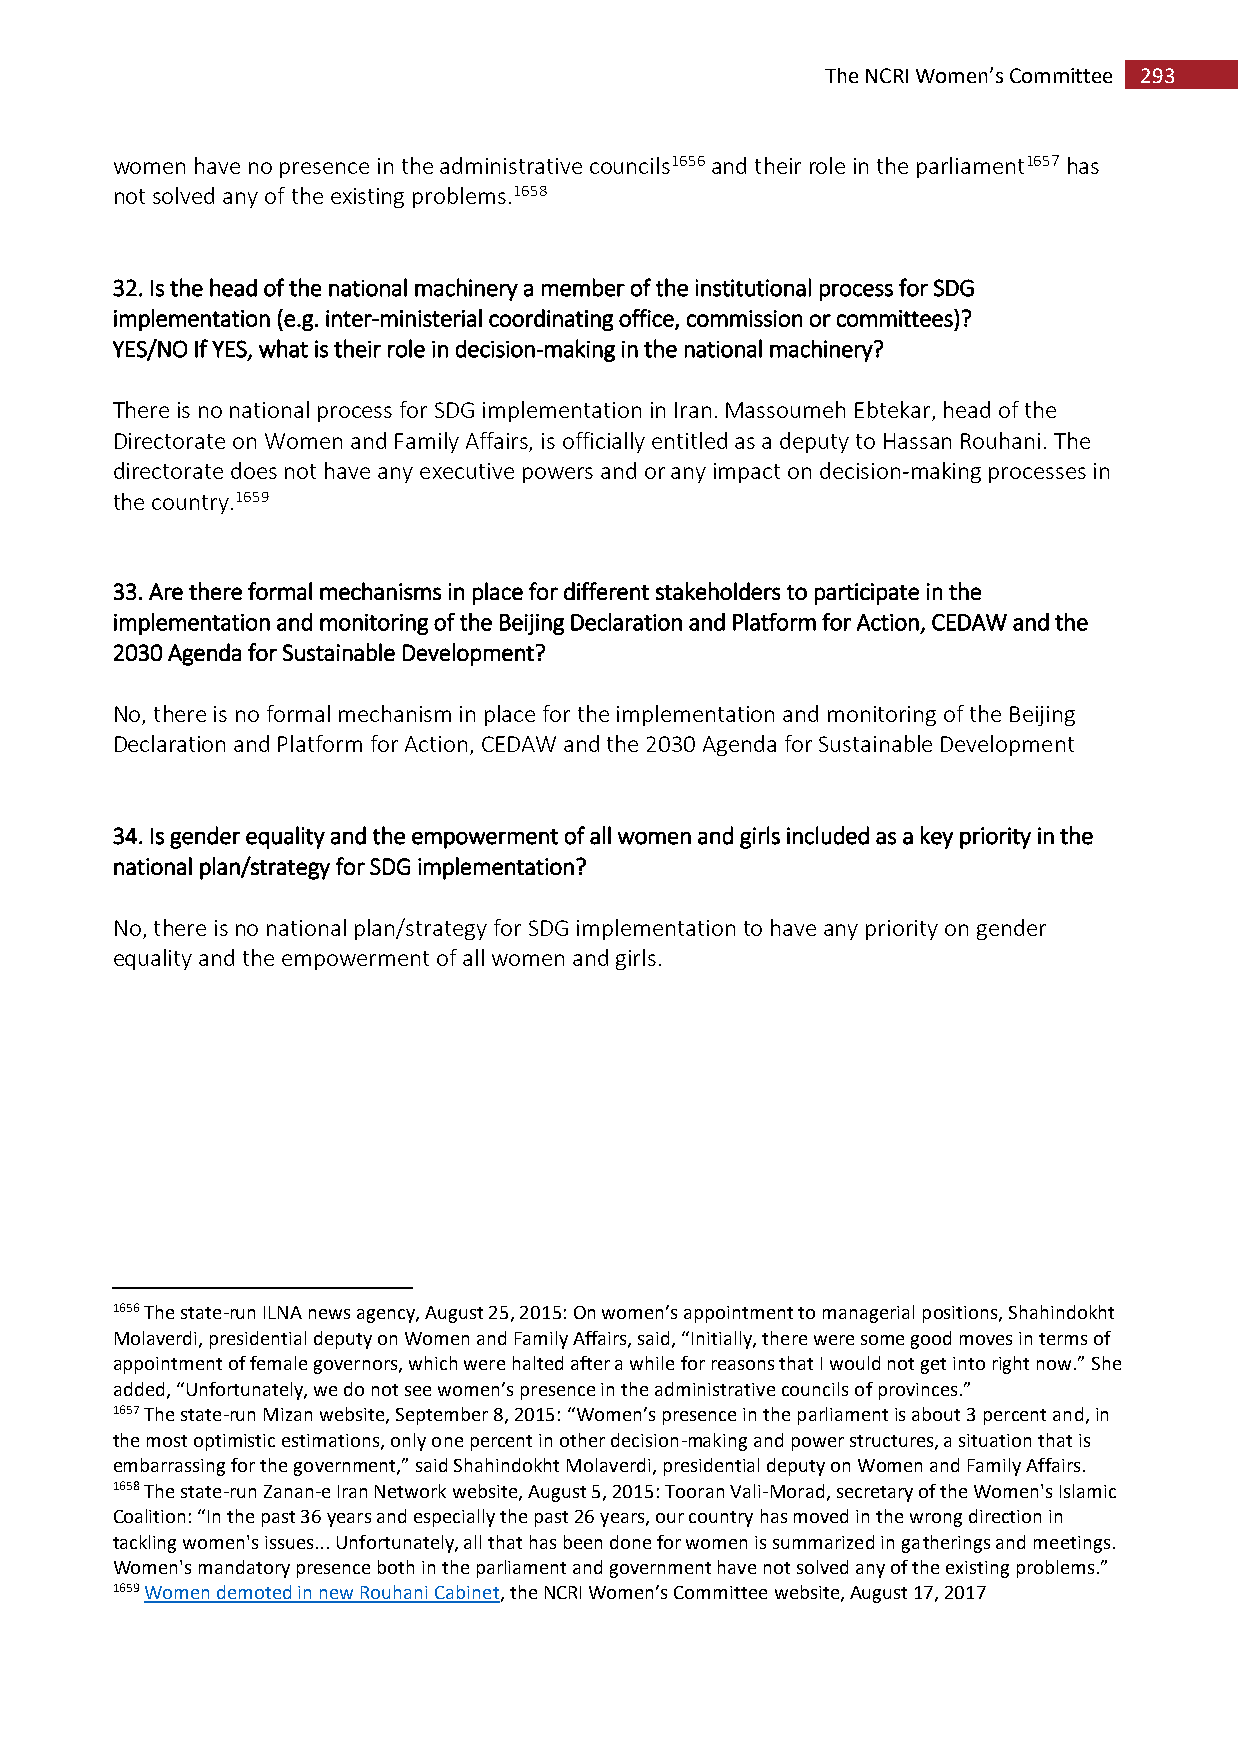
The NCRI Women’s Committee 293
 women have no presence in the administrative councils1656 and their role in the parliament1657 has
 not solved any of the existing problems.1658
 32. Is the head of the national machinery a member of the institutional process for SDG
 implementation (e.g. inter-ministerial coordinating office, commission or committees)?
 YES/NO If YES, what is their role in decision-making in the national machinery?
 There is no national process for SDG implementation in Iran. Massoumeh Ebtekar, head of the
 Directorate on Women and Family Affairs, is officially entitled as a deputy to Hassan Rouhani. The
 directorate does not have any executive powers and or any impact on decision-making processes in
 the country.1659
 33. Are there formal mechanisms in place for different stakeholders to participate in the
 implementation and monitoring of the Beijing Declaration and Platform for Action, CEDAW and the
 2030 Agenda for Sustainable Development?
 No, there is no formal mechanism in place for the implementation and monitoring of the Beijing
 Declaration and Platform for Action, CEDAW and the 2030 Agenda for Sustainable Development
 34. Is gender equality and the empowerment of all women and girls included as a key priority in the
 national plan/strategy for SDG implementation?
 No, there is no national plan/strategy for SDG implementation to have any priority on gender
 equality and the empowerment of all women and girls.
 1656 The state-run ILNA news agency, August 25, 2015: On women’s appointment to managerial positions, Shahindokht
 Molaverdi, presidential deputy on Women and Family Affairs, said, “Initially, there were some good moves in terms of
 appointment of female governors, which were halted after a while for reasons that I would not get into right now.” She
 added, “Unfortunately, we do not see women’s presence in the administrative councils of provinces.”
 1657 The state-run Mizan website, September 8, 2015: “Women’s presence in the parliament is about 3 percent and, in
 the most optimistic estimations, only one percent in other decision-making and power structures, a situation that is
 embarrassing for the government,” said Shahindokht Molaverdi, presidential deputy on Women and Family Affairs.
 1658 The state-run Zanan-e Iran Network website, August 5, 2015: Tooran Vali-Morad, secretary of the Women's Islamic
 Coalition: “In the past 36 years and especially the past 26 years, our country has moved in the wrong direction in
 tackling women's issues... Unfortunately, all that has been done for women is summarized in gatherings and meetings.
 Women's mandatory presence both in the parliament and government have not solved any of the existing problems.”
 1659 Women demoted in new Rouhani Cabinet, the NCRI Women’s Committee website, August 17, 2017